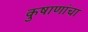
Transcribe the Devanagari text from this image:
कुषाणांचा